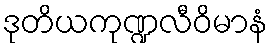
ဒုတိယကုဏ္ဍလီဝိမာနံ